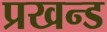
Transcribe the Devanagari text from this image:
प्रखन्ड